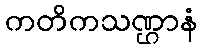
ကတိကသဏ္ဌာနံ